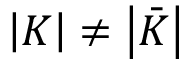
\left| K \right| \neq \left| \bar { K } \right|